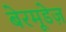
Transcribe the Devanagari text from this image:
बेरमूडेज़